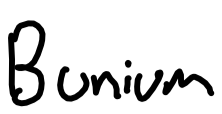
Text: Bunium
Cross-out: clean
Writing tool: digital_black